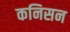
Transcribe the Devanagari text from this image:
कनिसन